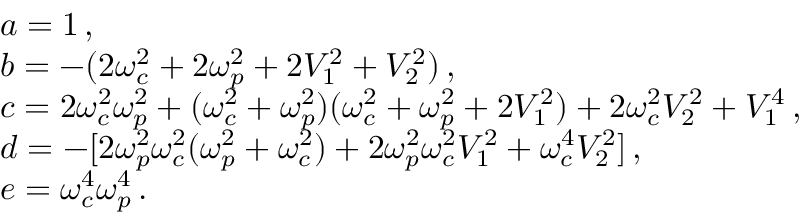
\begin{array} { r l } & { a = 1 \, , } \\ & { b = - ( 2 { \omega } _ { c } ^ { 2 } + 2 { \omega } _ { p } ^ { 2 } + 2 V _ { 1 } ^ { 2 } + V _ { 2 } ^ { 2 } ) \, , } \\ & { c = 2 { \omega } _ { c } ^ { 2 } { \omega } _ { p } ^ { 2 } + ( { \omega } _ { c } ^ { 2 } + { \omega } _ { p } ^ { 2 } ) ( { \omega } _ { c } ^ { 2 } + { \omega } _ { p } ^ { 2 } + 2 V _ { 1 } ^ { 2 } ) + 2 { \omega } _ { c } ^ { 2 } V _ { 2 } ^ { 2 } + V _ { 1 } ^ { 4 } \, , } \\ & { d = - [ 2 { \omega } _ { p } ^ { 2 } { \omega } _ { c } ^ { 2 } ( { \omega } _ { p } ^ { 2 } + { \omega } _ { c } ^ { 2 } ) + 2 { \omega } _ { p } ^ { 2 } { \omega } _ { c } ^ { 2 } V _ { 1 } ^ { 2 } + { \omega } _ { c } ^ { 4 } V _ { 2 } ^ { 2 } ] \, , } \\ & { e = { \omega } _ { c } ^ { 4 } { \omega } _ { p } ^ { 4 } \, . } \end{array}